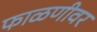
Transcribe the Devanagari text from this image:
फाळणीवर